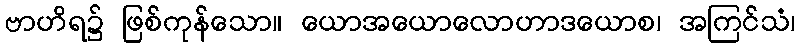
ဗာဟိရ၌ ဖြစ်ကုန်သော။ ယောအယောလောဟာဒယောစ၊ အကြင်သံ၊